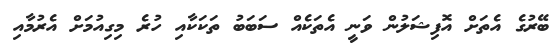
ބޭރުގެ އެތަށް އޮފިޝަލުން ވަނީ އެތަކެއް ސަބަބު ތަކަކާއި ހުރެ މިގިއުމަށް އެރުމާއި